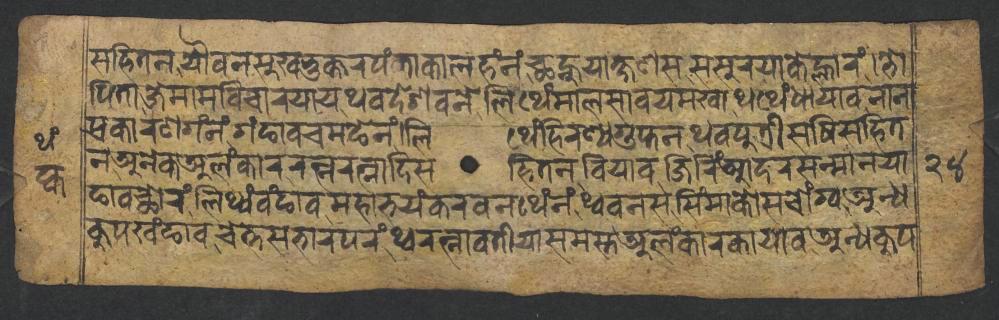
𑐳𑐴𑐶𑐟𑐣𑐫𑑁𑐰𑐣𑐳𑐸𑐏𑐨𑐸𑐎𑑂𑐟𑐬𑐥𑑄𑐎𑐵𑐎𑐵𑐮𑐴𑑄𑐣𑑄𑐕𑐣𑑂𑐴𑐸𑐫𑐵𑐎𑑂𑐲𑐞𑐳𑐳𑐳𑐸𑐬𑐫𑐵𑐎𑐾𑐮𑑂𑐴𑐵𑐬𑑄𑐨𑑀 𑐥𑐶𑐟𑐵𑐖𑐾𑐩𑐵𑐩𑐰𑐶𑐔𑐵𑐬𑐫𑐵𑐫𑐠𑐰𑐡𑐾𑐱𑐰𑐣𑐾𑐮𑐶𑐠𑐾𑑄𑐩𑐵𑐮𑐳𑐵𑐰𑐫𑐩𑐏𑐵𑐠𑐠𑐾𑑄𑐢𑐵𑐫𑐵𑐰𑐣𑐵𑐣𑐵 𑐥𑑂𑐬𑐎𑐵𑐬𑐞𑐐𑑄𑐣𑑄𑐐𑑄𑐒𑐵𑐰𑐔𑐩𑐒𑐾𑐣𑑄𑐮𑐶𑐠𑐾𑑄𑐴𑐶𑐬𑐞𑑂𑐫𑐐𑐸𑐥𑑂𑐟𑐣𑐠𑐰𑐥𑐸𑐟𑑂𑐬𑐷𑐳𑐲𑐶𑐳𑐴𑐶𑐟 𑐣𑐀𑐣𑐾𑐎𑐀𑐮𑑄𑐎𑐵𑐬𑐬𑐟𑑂𑐣𑐬𑐟𑑂𑐣𑐵𑐡𑐶𑐳𑐴𑐶𑐟𑐣𑐧𑐶𑐫𑐵𑐰𑐖𑐶𑐬𑐶𑑄𑐁𑐡𑐬𑐳𑐣𑑂𑐩𑐵𑐣𑐫𑐵 𑐒𑐵𑐰𑐕𑑀𑐬𑑄𑐮𑐶𑐠𑑂𑐫𑑄𑐰𑑄𑐒𑐵𑐰𑐩𑐴𑐵𑐨𑐫𑑄𑐎𑐬𑐰𑐣𑐠𑐾𑑄𑐣𑑄𑐠𑑂𑐰𑐰𑐣𑐳𑐳𑐶𑑄𑐩𑐵𑐎𑑀𑐳𑐔𑑀𑑄𑐐𑑂𑐰𑐀𑐣𑑂𑐢 𑐎𑐹𑐥𑐏𑑄𑐒𑐵𑐰𑐔𑐾𑐟𑑂𑐟𑐳𑐨𑐵𑐬𑐥𑐬𑑄𑐠𑑂𑐰𑐬𑐟𑑂𑐣𑐵𑐰𑐟𑐷𑐫𑐵𑐳𑐩𑐳𑑂𑐟𑐀𑐮𑑄𑐎𑐵𑐬𑐎𑐵𑐫𑐵𑐰𑐀𑐣𑑂𑐢𑐎𑐹𑐥